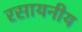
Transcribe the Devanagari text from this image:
रसायनीय